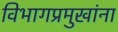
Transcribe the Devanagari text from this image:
विभागप्रमुखांना